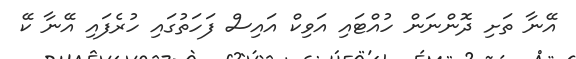
އޭނާ ތަށި ދޮންނަން ހުއްޓައި އަވިކް އައިސް ފަހަތުގައި ހުރެފައި އޭނާ ކޭ